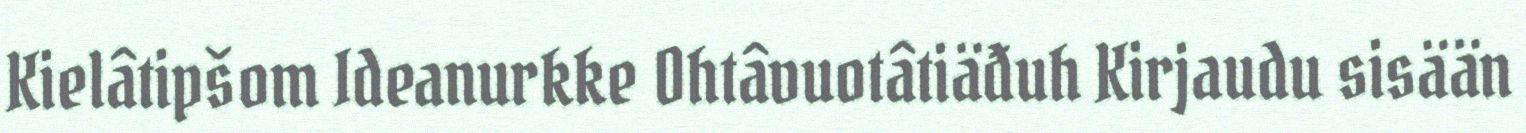
Kielâtipšom Ideanurkke Ohtâvuotâtiäđuh Kirjaudu sisään